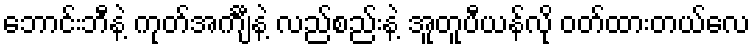
ဘောင်းဘီနဲ့ ကုတ်အင်္ကျီနဲ့ လည်စည်းနဲ့ အူတူပီယန်လို ဝတ်ထားတယ်လေ